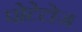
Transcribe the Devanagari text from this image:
पोटेटोज